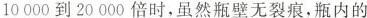
10000到20000倍时，虽然瓶壁无裂痕，瓶内的